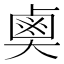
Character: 𪉗